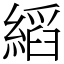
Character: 縚